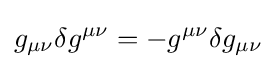
g_{\mu \nu }\delta g^{\mu \nu }=-g^{\mu \nu }\delta g_{\mu \nu }